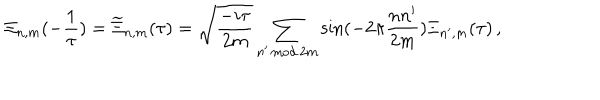
\Xi _ { n , m } ( - \frac { 1 } { \tau } ) = \widetilde { \Xi } _ { n , m } ( \tau ) = \sqrt { \frac { - i \tau } { 2 m } } \sum _ { n ^ { \prime } \, \mathrm { m o d } \, 2 m } \sin ( - 2 \pi \frac { n n ^ { \prime } } { 2 m } ) \Xi _ { n ^ { \prime } , m } ( \tau ) \, ,